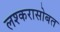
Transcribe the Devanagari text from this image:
लश्करासोबत